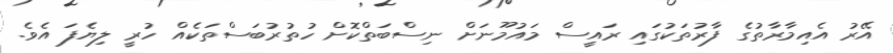
އޭރު އެއިމާރާތުގެ ފާރުތަކުގައި ރައީސް މައުމޫނަށް ނިސްބަތްކޮށް ހުތުރުބަސްތަކެއް ހުރީ ލިޔެފަ އެވެ.